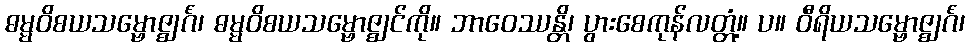
ဓမ္မဝိစယသမ္ဗောဇ္ဈင်္ဂံ၊ ဓမ္မဝိစယသမ္ဗောဇ္ဈင်ကို။ ဘာဝေဿန္တိ၊ ပွားစေကုန်လတ္တံ့။ ပ။ ဝီရိယသမ္ဗောဇ္ဈင်္ဂံ၊